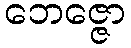
ဘေဇ္ဇော